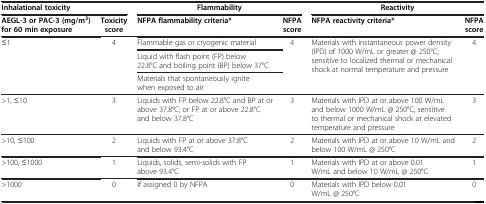
<table><thead><tr><td colspan="2"><b>Inhalational toxicity</b></td><td colspan="2"><b>Flammability</b></td><td colspan="2"><b>Reactivity</b></td></tr><tr><td><b>AEGL-3 or PAC-3 (mg/m<sup>3</sup>) for 60 min exposure</b></td><td><b>Toxicity score</b></td><td><b>NFPA flammability criteria*</b></td><td><b>NFPA score</b></td><td><b>NFPA reactivity criteria*</b></td><td><b>NFPA score</b></td></tr></thead><tbody><tr><td rowspan="2">≤1</td><td rowspan="2">4</td><td>Flammable gas or cryogenic material</td><td rowspan="2">4</td><td rowspan="2">Materials with instantaneous power density (IPD) of 1000 W/mL or greater @ 250°C; sensitive to localized thermal or mechanical shock at normal temperature and pressure</td><td rowspan="2">4</td></tr><tr><td>Liquid with flash point (FP) below 22.8°C and boiling point (BP) below 37°C</td></tr><tr><td> </td><td> </td><td>Materials that spontaneously ignite when exposed to air</td><td> </td><td> </td><td> </td></tr><tr><td>&gt;1, ≤10</td><td>3</td><td>Liquids with FP below 22.8°C and BP at or above 37.8°C; or FP at or above 22.8°C and below 37.8°C</td><td>3</td><td>Materials with IPD at or above 100 W/mL and below 1000 W/mL @ 250°C; sensitive to thermal or mechanical shock at elevated temperature and pressure</td><td>3</td></tr><tr><td>&gt;10, ≤100</td><td>2</td><td>Liquids with FP at or above 37.8°C and below 93.4°C</td><td>2</td><td>Materials with IPD at or above 10 W/mL and below 100 W/mL @ 250°C</td><td>2</td></tr><tr><td>&gt;100, ≤1000</td><td>1</td><td>Liquids, solids, semi-solids with FP above 93.4°C</td><td>1</td><td>Materials with IPD at or above 0.01 W/mL and below 10 W/mL @ 250°C</td><td>1</td></tr><tr><td>&gt;1000</td><td>0</td><td>If assigned 0 by NFPA</td><td>0</td><td>Materials with IPD below 0.01 W/mL @ 250°C</td><td>0</td></tr></tbody></table>